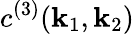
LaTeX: {c}^{(3)}(\mathbf{k}_{1},\mathbf{k}_{2})